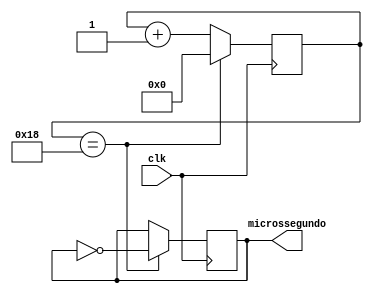
module geradorMicrossegundo(
	input clk, 
	output microssegundo
);
	reg [5:0] counterClk = 0; //Contador para alcaar o Clock Desejado
	reg invertedSignal; //Criado para passar o sinal para sada a cada atualizao.
	
	
	//Como  necessario gerar um microsegundo, ento  preciso alcanar o 1Mhz,
	//Ento  necessario dividir 50mhz por 50 para alcaar esse valor e ainda divir por dois para durar cada borda.
	always @(posedge clk) begin
	
		counterClk  <= counterClk +1;
		
		if(counterClk == 24) begin // 24 por questo de indice
			counterClk <= 0;
			invertedSignal <= !invertedSignal; 
		end
	end
	
	assign microssegundo = invertedSignal; // Assimilar a sada ao sinal invertido.


endmodule